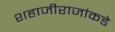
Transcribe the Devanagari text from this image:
शहाजीराजांकडे